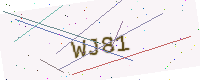
Text: WJ81